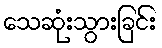
သေဆုံးသွားခြင်း